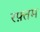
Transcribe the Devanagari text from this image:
रफ़्तम